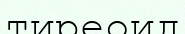
тиреоид